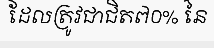
ដែលត្រូវជាជិត៧០% នៃ